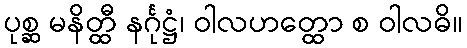
ပုစ္ဆ မနိတ္ထီ နင်္ဂုဋ္ဌံ၊ ဝါလဟတ္ထော စ ဝါလဓိ။